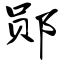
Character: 郧